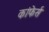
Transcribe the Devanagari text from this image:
कांफेर्स